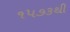
૧૫૭૩થી